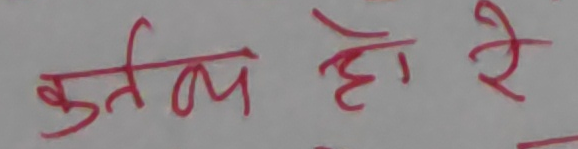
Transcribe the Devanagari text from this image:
कुतलय हो रे